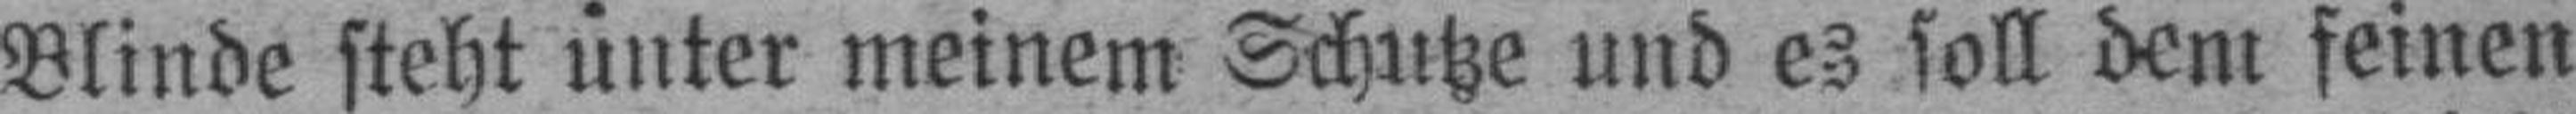
Blinde steht unter meinem Schutze und es soll dem feinen